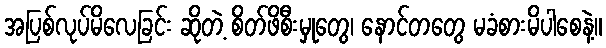
အပြစ်လုပ်မိလေခြင်း ဆိုတဲ့ စိတ်ဖိစီးမှုတွေ၊ နောင်တတွေ မခံစားမိပါစေနဲ့။